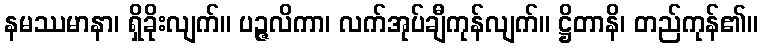
နမဿမာနာ၊ ရှိခိုးလျက်။ ပဉ္ဇလိကာ၊ လက်အုပ်ချီကုန်လျက်။ ဋ္ဌိတာနိ၊ တည်ကုန်၏။